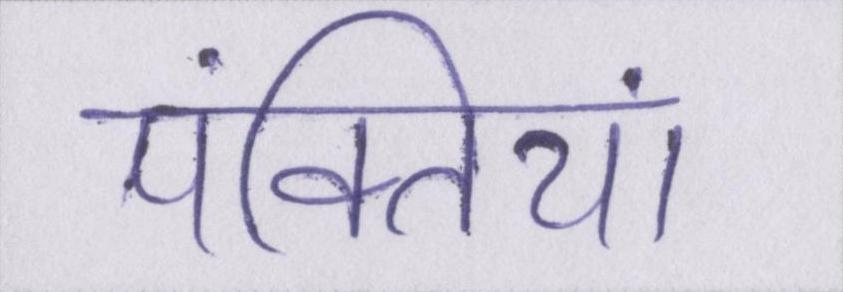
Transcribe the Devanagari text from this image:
पंक्तियां